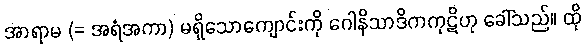
အာရာမ (= အရံအကာ) မရှိသောကျောင်းကို ဂေါနိသာဒိကကုဋိဟု ခေါ်သည်။ ထို